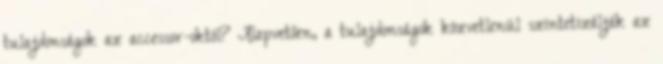
tulajdonságok az accessor-októl? Alapvetően, a tulajdonságok közvetlenül szintetizálják az